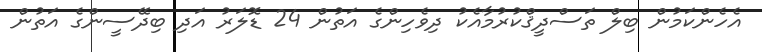
އެހެންކަމުން ބިލް ތަސްދީޤްކުރުމާއެކު ދިވެހިންގެ އަތުން 24 ޑޮލަރު އަދި ބިދޭސީންގެ އަތުން